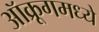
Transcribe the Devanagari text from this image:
ऑक्रूगमध्ये